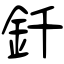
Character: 釺